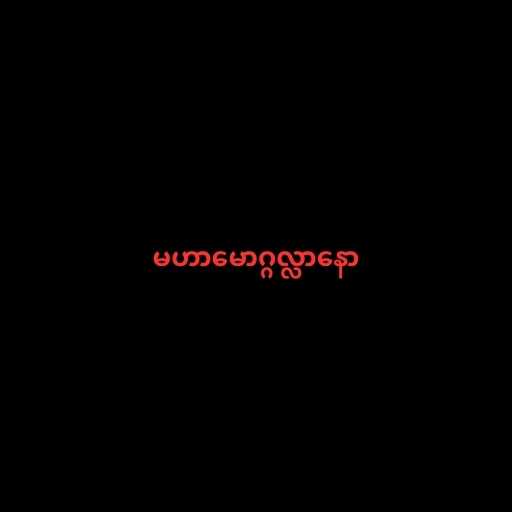
မဟာမောဂ္ဂလ္လာနော